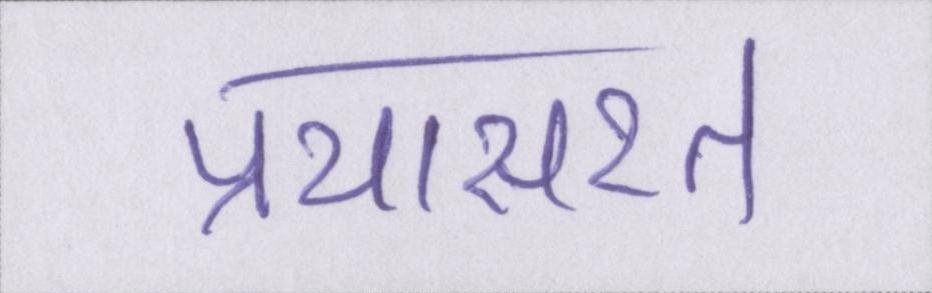
प्रयासरत